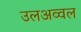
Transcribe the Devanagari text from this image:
उलअव्वल